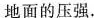
对地面的压强.